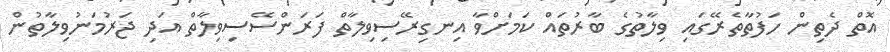
އޮތް ދެތިން ހަފުތާތެރޭގައި ވިލާތުގެ ބާރުތައް ކަމަށްވާ އިނގިރޭސިވިލާތް ފަރަންސޭސިވިލާތް އަދި ޖަރުމަނުވިލާތުން